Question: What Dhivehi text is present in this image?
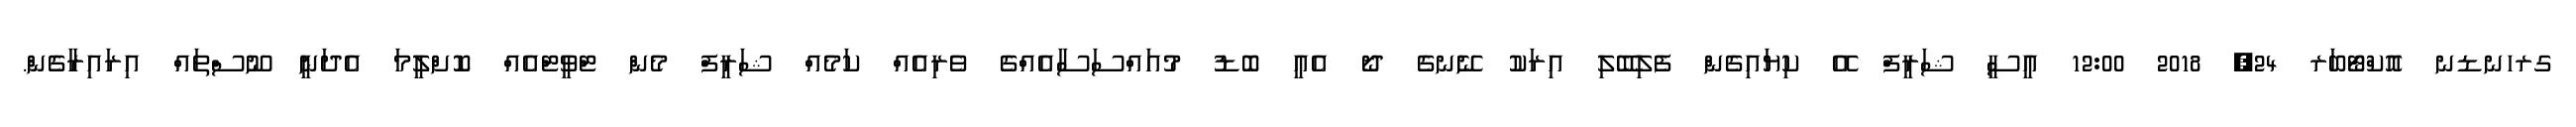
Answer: ގރހނޑނ އޮކްޓޯބަރ 24, 2018 12:00 އީސީ ޝަރީފް އޭ ކިޔައިގެން ފެލިބޭލި އިރަކު ނޭނގެ ދޯ އެއީ ބޮޑު މުއައްސަސާއެއްގެ ވެރިއެއް ކަމެއް ޝަރީފް މެން ޓްވީޓްއެއް ކޮށްލީމަ އެދަނީ ނޫސްތައް އިރައިރާގެން.